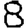
Digit: 8